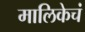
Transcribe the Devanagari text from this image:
मालिकेचं